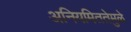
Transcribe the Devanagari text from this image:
अनियमिततेमुळे